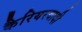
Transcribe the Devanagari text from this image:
कैरियरवादी